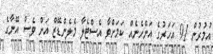
އުމުުރުން 91 އަހަރުގެ އަންހެނެއް ކަމަށްވާ އެސްޓެލާ މެލެންޑޭޒް އަށް ވެސް އޭނާގެ